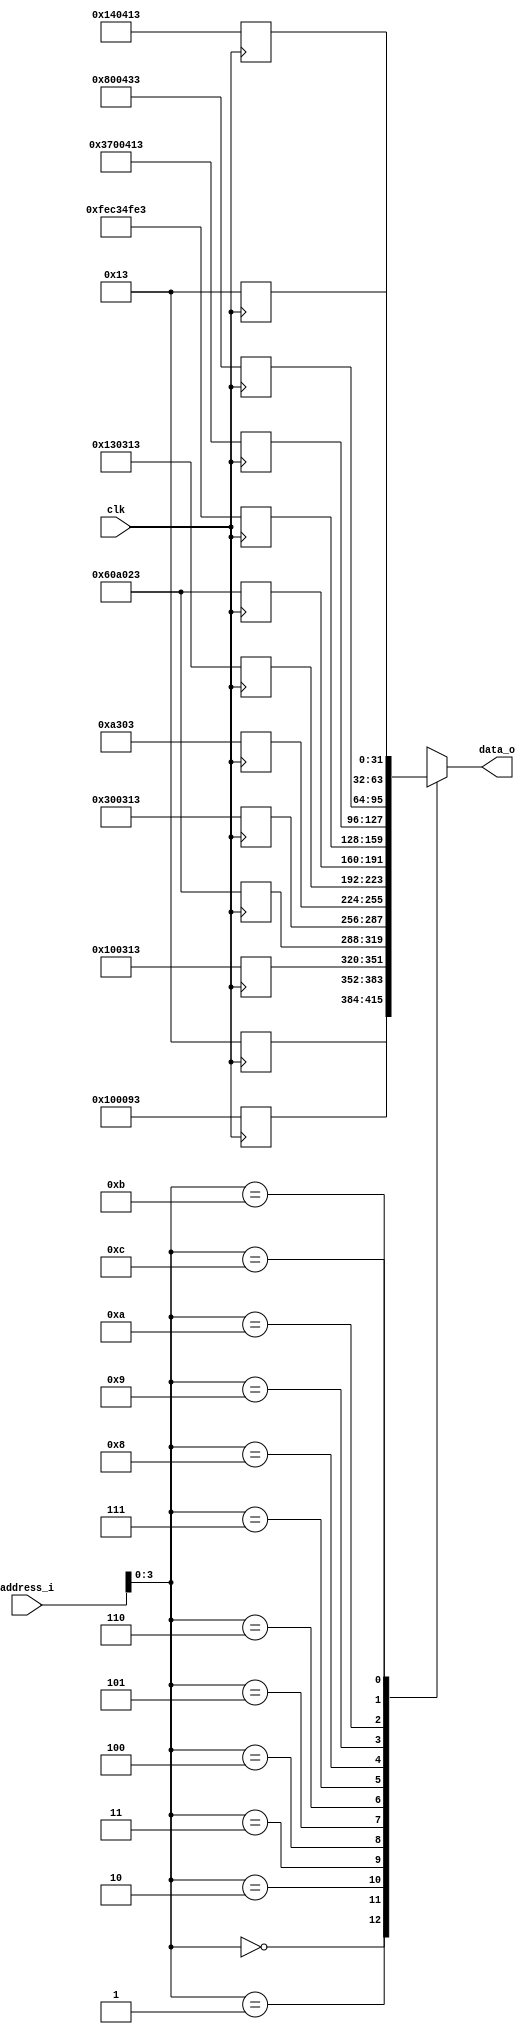
module ROM(
    input clk,
    input [31:0] address_i,    
    output [31:0] data_o
);
    reg [31:0] memory [12:0];

    assign data_o = memory[address_i];

    always @(posedge clk) begin
        memory[0] <= 32'h00000013; // nop (addi x0 x0 0)
        memory[1] <= 32'h00100093; // addi x1 x0 1
        //memory[2] = 32'h00208113; // addi x2 x1 2 
        memory[2] <= 32'h00100313; // addi x6 x0 1
        memory[3] <= 32'h0060A023; // sw x6 0(x1)        
        memory[4] <= 32'h00300313; //addi x6 x0 3
        //memory[3] = 32'h00400613; // addi x12 x0 4
        //memory[4] = 32'h0060A023; // sw x6 0(x1)        
        //memory[4] = 32'h00100313; // addi x6 x0 1
        memory[5] <= 32'h0000A303; // lw x6 0(x1)        
        memory[6] <= 32'h00130313; // addi x6 x6 1       
        //memory[7] = 32'hFF930313; // addi x6 x6 -7
        //memory[7] = 32'hFF960613; // addi x12 x12 -7
        memory[7] <= 32'h0060A023; // sw x6 0(x1)        
        memory[8] <= 32'hFEC34FE3; // blt x6 x12 -2     
        //memory[8] = 32'hFEC36FE3; // bltu x6 x12 -2
        //memory[7] = 32'h00230313; // addi x6 x6 2
        //memory[8] = 32'hFEC35FE3; // bge x6 x12 -2
        //memory[8] = 32'hFEC37FE3; // bgeu x6 x12 -2
        memory[9] <= 32'h03700413; // addi x8 x0 55
        memory[10] <= 32'h00800433; // add x8 x0 x8      
        memory[11] <= 32'h00140413; // addi x8 x8 1      
        memory[12] <= 32'h00000013; // nop (add x0 x0 0)
    end
endmodule